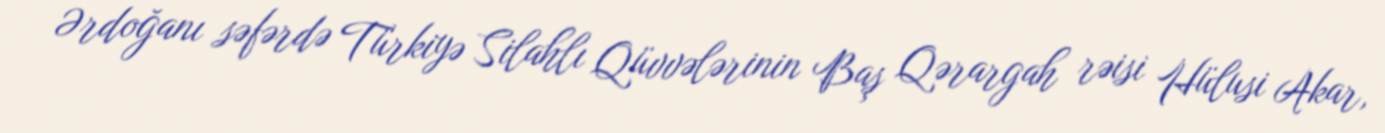
Ərdoğanı səfərdə Türkiyə Silahlı Qüvvələrinin Baş Qərargah rəisi Hülusi Akar,